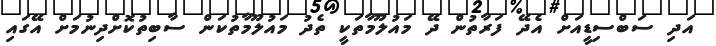
އަދި ސަބްސިޑީއަށް އެދޭ ފަރާތުން ދޭ މައުލޫމާތަކީ ތެދު މައުލޫމާތުކަން ސާބިތުކޮށްދިނުމަށް އޭގައި